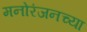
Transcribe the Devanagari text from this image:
मनोरंजनच्या